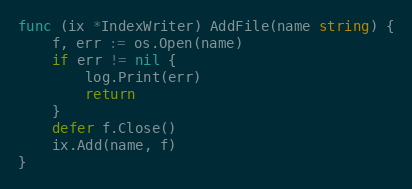
Language: Go
func (ix *IndexWriter) AddFile(name string) {
	f, err := os.Open(name)
	if err != nil {
		log.Print(err)
		return
	}
	defer f.Close()
	ix.Add(name, f)
}